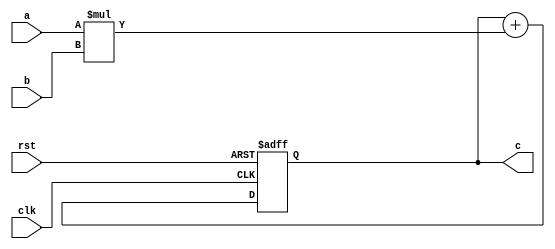
module pe (
  input clk,
  input rst,
  input [31:0] a,
  input [31:0] b,
  output reg [31:0] c
);

  always @(posedge clk or posedge rst) begin
    if (rst) begin
      c <= 32'b0;
    end else begin
      c <= c + (a * b);
    end
  end

endmodule